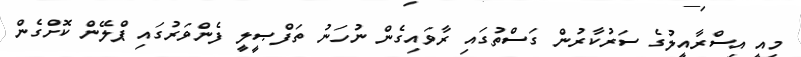
މިއީ އިސްރާއީލުގެ ސަރުކާރުން ގަސްތުގައި ރާވައިގެން ނުހަނު ތަފްޞީލީ ފެންވަރުގައި ޕްލޭން ކޮށްގެން